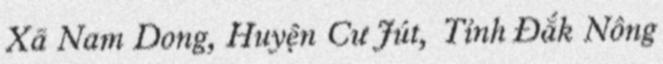
Xã Nam Dong, Huyện Cư Jút, Tỉnh Đắk Nông